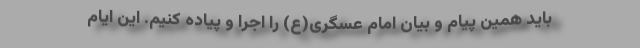
باید همین پیام و بیان امام عسگری(ع) را اجرا و پیاده کنیم. این ایام